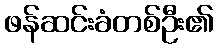
ဖန်ဆင်းခံတစ်ဦး၏